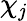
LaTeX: \chi_{\mathit{j}}